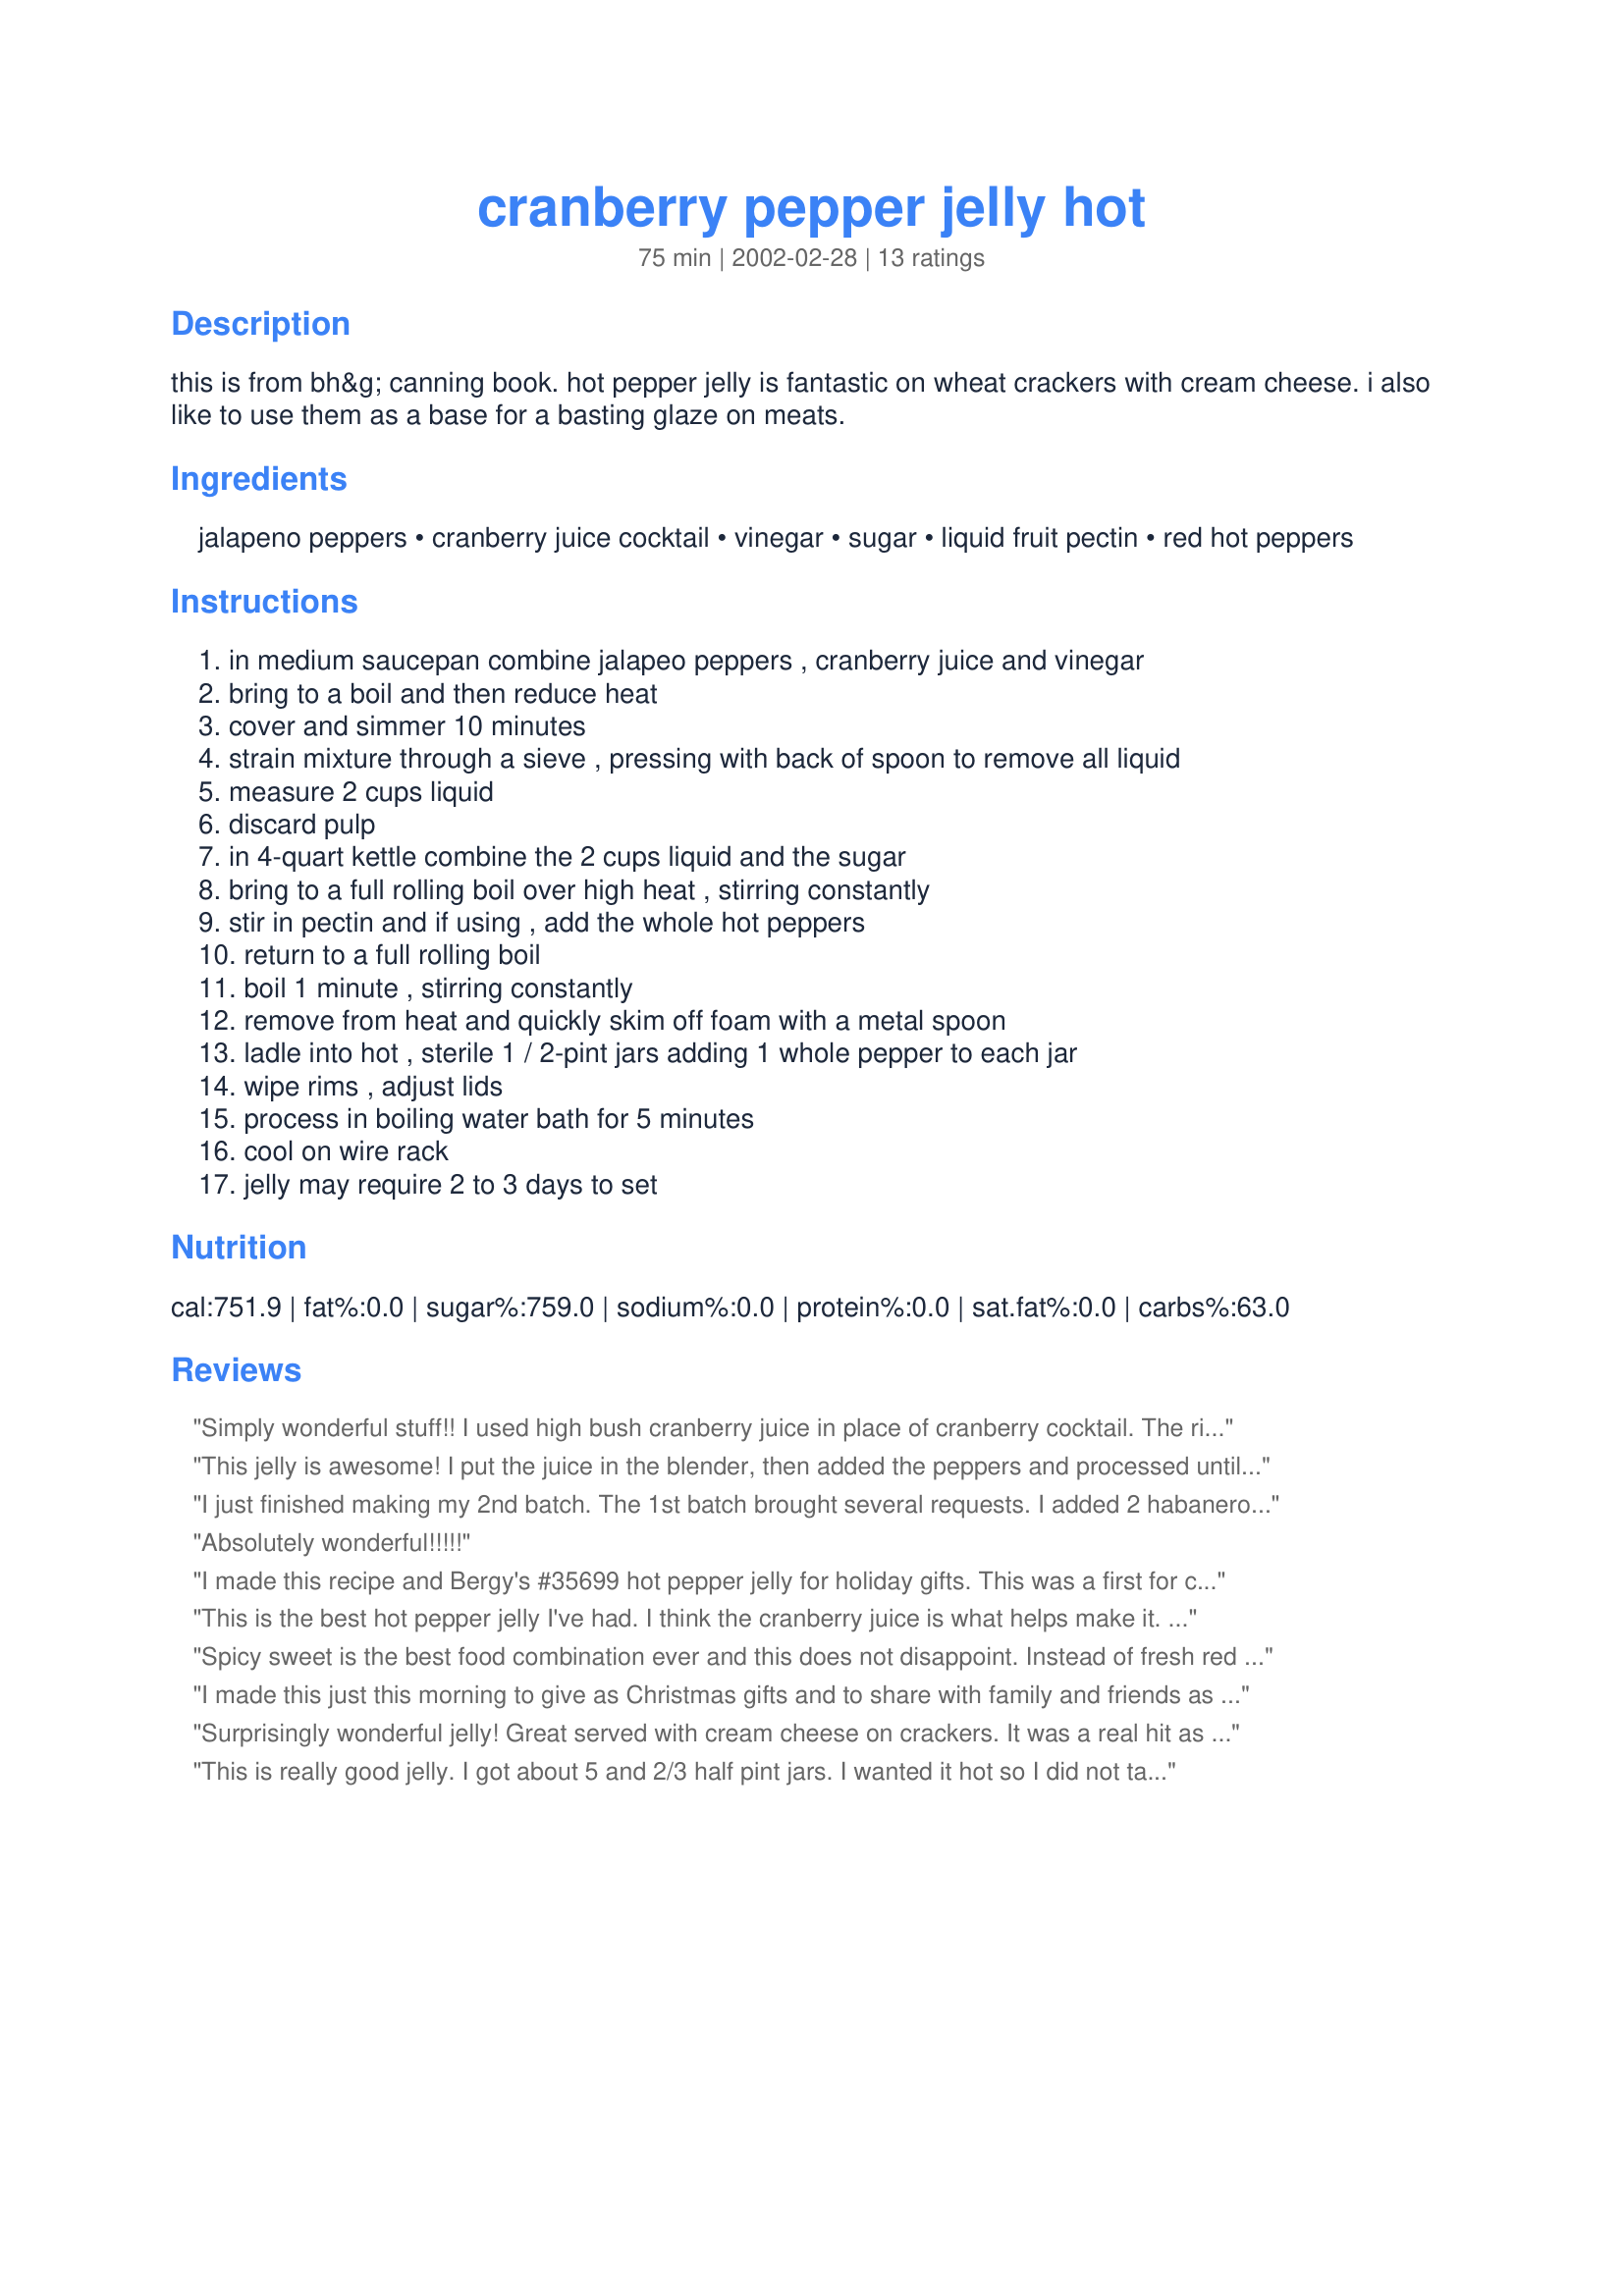
cranberry pepper jelly hot
Preparation time: 75 minutes

this is from bh&g canning book. hot pepper jelly is fantastic on wheat crackers with cream cheese. i also like to use them as a base for a basting glaze on meats.

Ingredients:
jalapeno peppers, cranberry juice cocktail, vinegar, sugar, liquid fruit pectin, red hot peppers

Steps:
in medium saucepan combine jalapeo peppers , cranberry juice and vinegar
bring to a boil and then reduce heat
cover and simmer 10 minutes
strain mixture through a sieve , pressing with back of spoon to remove all liquid
measure 2 cups liquid
discard pulp
in 4-quart kettle combine the 2 cups liquid and the sugar
bring to a full rolling boil over high heat , stirring constantly
stir in pectin and if using , add the whole hot peppers
return to a full rolling boil
boil 1 minute , stirring constantly
remove from heat and quickly skim off foam with a metal spoon
ladle into hot , sterile 1 / 2-pint jars adding 1 whole pepper to each jar
wipe rims , adjust lids
process in boiling water bath for 5 minutes
cool on wire rack
jelly may require 2 to 3 days to set

Reviews:
Simply wonderful stuff!! I used high bush cranberry juice in place of cranberry cocktail. The rich red color of the jelly with the bits of pepper floating around was something else!! So attractive on white cream cheese crackers. A plus to the holiday snack tray. Thanks for posting, IB.
This jelly is awesome! I put the juice in the blender, then added the peppers and processed until they were very finely chopped. After dumping that in the pan I then rinsed the blender out with the vinegar and added it. I wanted the bits of pepper dispersed in the jelly, so that is why I omitted the straining. I also ground up a clove of garlic with the peppers - just because it sounded good. The jelly turned out just perfect. It jelled nicely. I added a bit of red food coloring to liven it up. Thanks, IB, for a really great recipe!
I just finished making my 2nd batch. The 1st batch brought several requests. I added 2 habanero peppers to the jalopenos. A nice little zing.
Absolutely wonderful!!!!!
I made this recipe and Bergy's #35699 hot pepper jelly for holiday gifts. This was a first for canning and also a first for making jellies. It jelled very nicely. I added some jalepeno that I had processed in the food processer to give some texture to the jelly. The cranberry flavor is wonderful mixed with the spicy peppers. This is definitley a keeper!
This is the best hot pepper jelly I've had. I think the cranberry juice is what helps make it. I altered the recipe by using 3 habaneros which gave it a wonderful "heat". My friends love it. And yes, it is excellent poured over a block of cream cheese and and served on crackers.
Spicy sweet is the best food combination ever and this does not disappoint. Instead of fresh red peppers, I mixed in dried habenero flakes with the pectin. They not only added a lot more heat but have an underlying fruitiness that compliments the cranberry so well. I plan to make another batch with just the jalapenos, though, as I was surprised how much their flavor came through. I just had a toasted English muffin with cream cheese and this jelly for breakfast and YUM! :D
I made this just this morning to give as Christmas gifts and to share with family and friends as an appetizer before our Christmas meal. I cut the jalapenos in half but left in the seeds and ribs while I simmered the cranberry juice and vinegar. The heat was perfect and the jelly is beautiful. I put mine through a sieve and the jelly is red, and beautiful and clear and the taste is wonderful with cream cheese and crackers. I am also going to add this to my brie and puff pastry. The family is going to love it!!
Surprisingly wonderful jelly! Great served with cream cheese on crackers. It was a real hit as a "neighbor gift" at Christmas. This is really a "do again" every year.
This is really good jelly. I got about 5 and 2/3 half pint jars. I wanted it hot so I did not take the seeds out of the peppers when boiling for the first time and I think the heat is just right. I am letting the jars cool upside down in hopes that when I turn them back over the whole pepper will stay at the bottom of the jar for presentation reasons. Crossing my fingers and hoping this works. Thanks for the recipe!
Very good not as hot as I thought it was going to be
We love pepper jelly on cream cheese with crackers. This is turly a great recipe, I just finished making the second batch, The first was soooo good, I thought, I'd best make another great for gifts.
easy and really good!
